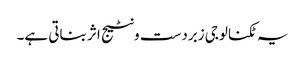
یہ ٹکنالوجی زبردست ونٹیج اثر بناتی ہے۔